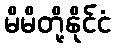
မိမိတို့နိုင်ငံ